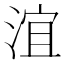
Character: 𣶺